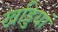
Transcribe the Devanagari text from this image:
खड्डियां